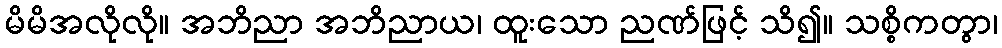
မိမိအလိုလို။ အဘိညာ အဘိညာယ၊ ထူးသော ညဏ်ဖြင့် သိ၍။ သစ္စိကတွာ၊